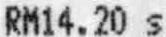
RM14.20 S